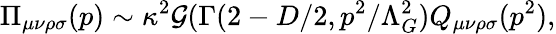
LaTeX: \Pi_{\mu\nu\rho\sigma}(p)\sim\kappa^{2}{\cal G}(\Gamma(2-D/2,p^{2}/\Lambda_{G}^{2})Q_{\mu\nu\rho\sigma}(p^{2}),